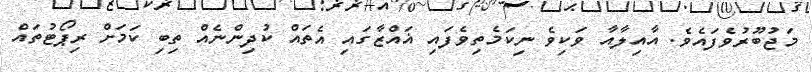
މަޖުބޫރުވެފައެވެ. އާއިލާއާ ވަކިވެ ނިކަމެތިވެފައި ޣައްޒާގައި އެތައް ކުދިންނެއް ތިބި ކަމަށް ރިޕޯޓުތައް